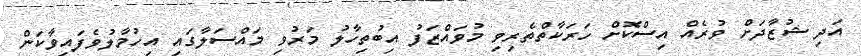
އަދި ޝުޒާދަށް ވުރެއް އިސްކޮށް ހަރަކާތްތެރިވި މުވައްޒަފު އިބުތިހާލު މަރުވި މައްސަލާގައި އިހުމާލުވެފައިވާކަން